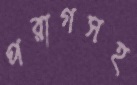
পরাগসহ